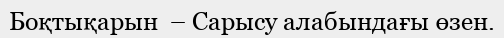
Боқтықарын  – Сарысу алабындағы өзен.